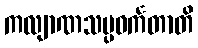
ကလျာဏသမ္ပဝင်္ကတာတိ